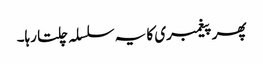
پھر پیغمبری کا یہ سلسلہ چلتا رہا۔